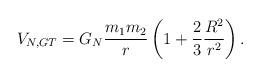
LaTeX: \begin{align*}V_{N,GT} = G_N \frac{m_1 m_2}{r}\left( 1 + \frac{2}{3} \frac{R^2}{r^2} \right).\end{align*}